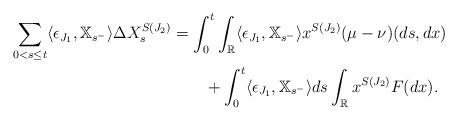
LaTeX: \begin{align*} \sum_{0<s\leq t}\langle\epsilon_{J_1},\mathbb{X}_{s^-}\rangle \Delta X_s^{S(J_2)}&=\int_0^t\int_{\mathbb R}\langle\epsilon_{J_1},\mathbb{X}_{s^-}\rangle x^{S(J_2)} (\mu-\nu)(ds,dx)\\&\qquad+\int_0^t\langle\epsilon_{J_1},\mathbb{X}_{s^-}\rangle ds\int_{\mathbb R}x^{S(J_2)} F(dx).\end{align*}